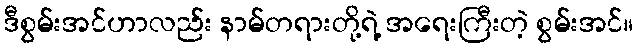
ဒီစွမ်းအင်ဟာလည်း နာမ်တရားတို့ရဲ့ အရေးကြီးတဲ့ စွမ်းအင်။